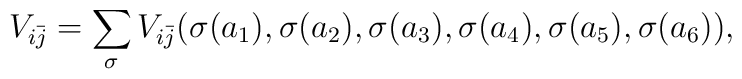
V_{i\bar j} = \sum_{\sigma} V_{i\bar j}( \sigma(a_1), \sigma(a_2), \sigma(a_3), \sigma(a_4), \sigma(a_5), \sigma(a_6) ),